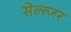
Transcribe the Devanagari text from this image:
सेल्त्जर